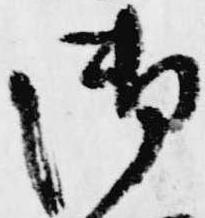
御